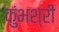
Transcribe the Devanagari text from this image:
कुंभश्री